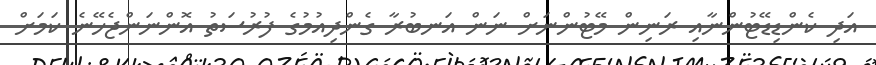
އަދި ކެންޑިޑޭޓުންނާއި ރަނިން މޭޓުންނަށް ނަން އަނބުރާ ގެންދިއުމުގެ ފުރުސަތު އޮންނަންޖެހޭނެ ކަމަށް